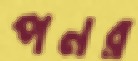
পনর